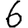
Digit: 6